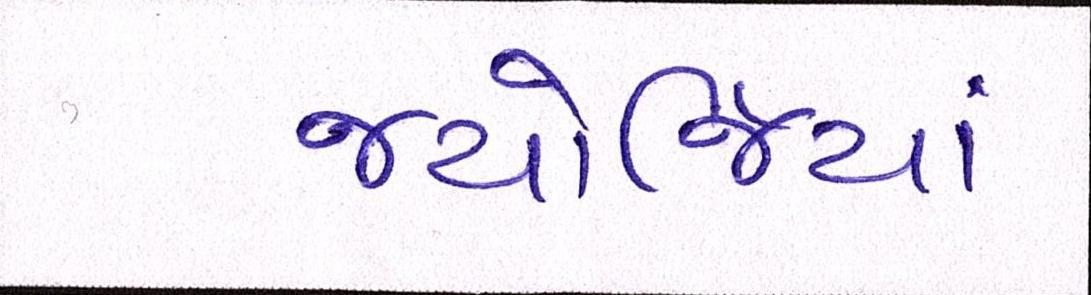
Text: જ્યોર્જિયાં